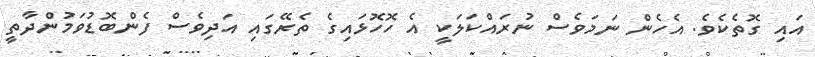
އައި ގޮތެކެވެ. އެހެން ނަމަވެސް ނުރައްކަލަކީ އެ ހޮހޮޅައިގެ ތެރޭގައި އަދިވެސް ފެންބޮޑުވަމުންދާތީ